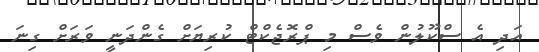
އަދި އެ ސްކޫލުން ވެސް މި ޕްރޮޖެކްޓް ކުރިޔަށް ގެންދަނީ ވަރަށް ގިނަ